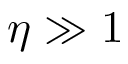
\eta \gg 1